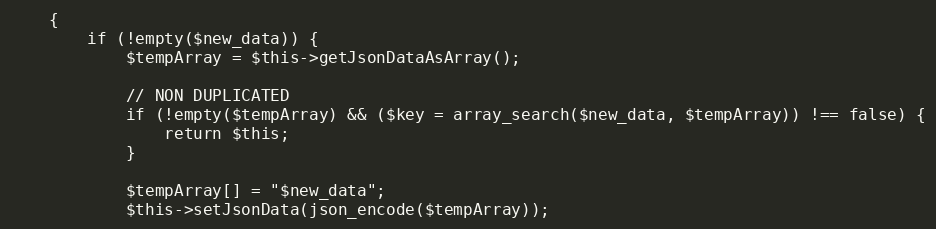
Language: PHP
    {
        if (!empty($new_data)) {
            $tempArray = $this->getJsonDataAsArray();

            // NON DUPLICATED
            if (!empty($tempArray) && ($key = array_search($new_data, $tempArray)) !== false) {
                return $this;
            }

            $tempArray[] = "$new_data";
            $this->setJsonData(json_encode($tempArray));